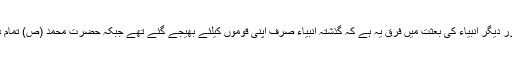
حضرت محمد مصطفی (ص) کی بعثت اور دیگر انبیاء کی بعثت میں فرق یہ ہے کہ گذشتہ انبیاء صرف اپنی قوموں کیلئے بھیجے گئے تھے جبکہ حضرت محمد (ص) تمام دنیا کے انسانوں کیلئے مبعوث ھوئے ہیں۔